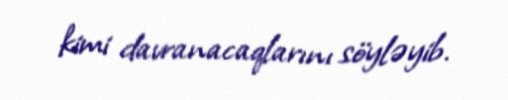
kimi davranacaqlarını söyləyib.